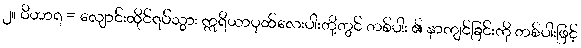
၂။ ဝိဟာရ = လျောင်းထိုင်ရပ်သွား ဣရိယာပုထ်လေးပါးတို့တွင် တစ်ပါး ၏ နာကျင်ခြင်းကို တစ်ပါးဖြင့်